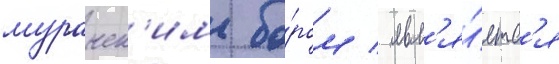
муранск'им бо́ром / явл'я́етс'я